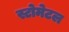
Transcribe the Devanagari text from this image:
स्टोमेटल